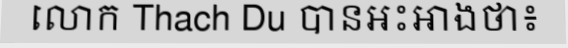
លោក Thach Du បានអះអាងថា៖